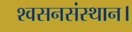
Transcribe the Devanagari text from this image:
श्वसनसंस्थान।